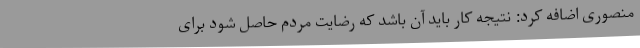
منصوری اضافه کرد: نتیجه کار باید آن باشد که رضایت مردم حاصل شود برای